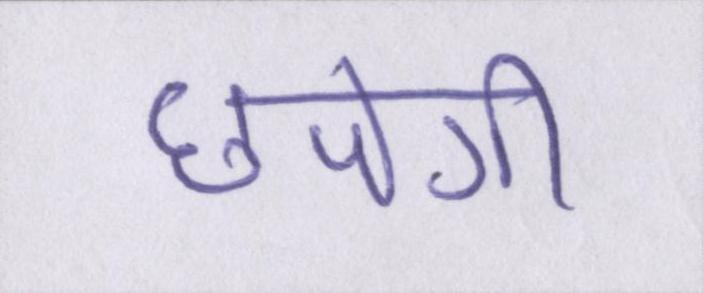
छपेगी